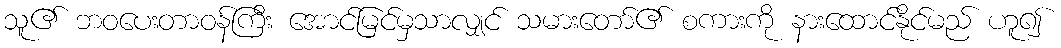
သူ၏ ဘဝပေးတာဝန်ကြီး အောင်မြင်မှသာလျှင် သမားတော်၏ စကားကို နားထောင်နိုင်မည် ဟူ၍